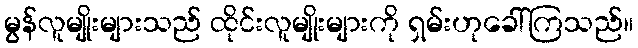
မွန်လူမျိုးများသည် ထိုင်းလူမျိုးများကို ရှမ်းဟုခေါ်ကြသည်။